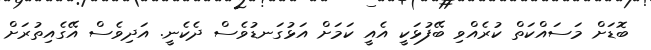
ބޮޑަށް މަސައްކަތް ކުރެއްވި ބޭފުޅަކީ އެއީ ކަމަށް އަޅުގަނޑުވެސް ދެކެނީ. އަދިވެސް އޭގެއިތުރަށް